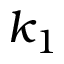
k _ { 1 }